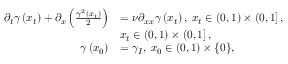
\begin{array} { r l } { \partial _ { t } \gamma \left( x _ { t } \right) + \partial _ { x } \left( \frac { \gamma ^ { 2 } \left( x _ { t } \right) } { 2 } \right) } & { = \nu \partial _ { x x } \gamma \left( x _ { t } \right) , \; x _ { t } \in \left( 0 , 1 \right) \times \left( 0 , 1 \right] , } \\ & { x _ { t } \in \left( 0 , 1 \right) \times \left( 0 , 1 \right] , } \\ { \gamma \left( x _ { 0 } \right) } & { = \gamma _ { I } , \; x _ { 0 } \in \left( 0 , 1 \right) \times \{ 0 \} , } \end{array}